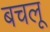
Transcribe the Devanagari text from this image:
बचलू